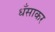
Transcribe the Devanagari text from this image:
धँसाकर